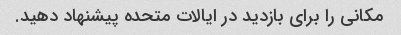
مکانی را برای بازدید در ایالات متحده پیشنهاد دهید.